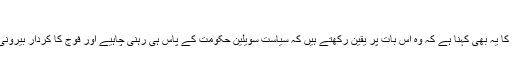
خبر رساں ادارہ روئٹرز
جنرل رضوان اختر کے بارے میں کچھ افراد کا یہ بھی کہنا ہے کہ وہ اس بات پر یقین رکھتے ہیں کہ سیاست سویلین حکومت کے پاس ہی رہنی چاہیے اور فوج کا کردار بیرونی دشمنوں سے مقابلے تک محدود ہونا چاہیے۔